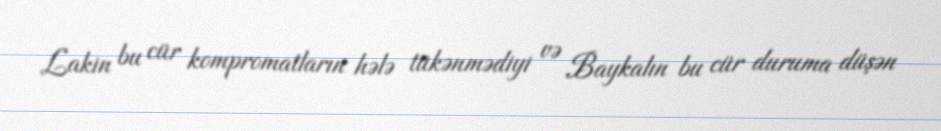
Lakin bu cür kompromatların hələ tükənmədiyi və Baykalın bu cür duruma düşən